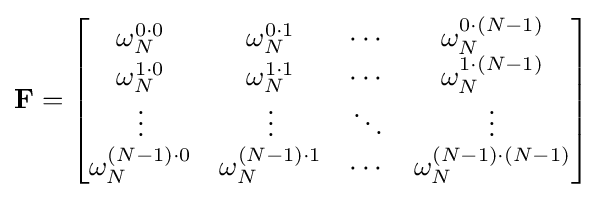
\mathbf {F} ={\begin{bmatrix}\omega _{N}^{0\cdot 0}&\omega _{N}^{0\cdot 1}&\cdots &\omega _{N}^{0\cdot (N-1)}\\\omega _{N}^{1\cdot 0}&\omega _{N}^{1\cdot 1}&\cdots &\omega _{N}^{1\cdot (N-1)}\\\vdots &\vdots &\ddots &\vdots \\\omega _{N}^{(N-1)\cdot 0}&\omega _{N}^{(N-1)\cdot 1}&\cdots &\omega _{N}^{(N-1)\cdot (N-1)}\\\end{bmatrix}}